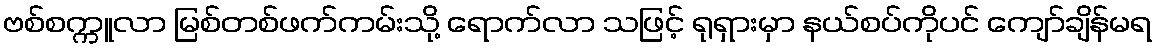
ဗစ်စက္ကူလာ မြစ်တစ်ဖက်ကမ်းသို့ ရောက်လာ သဖြင့် ရုရှားမှာ နယ်စပ်ကိုပင် ကျော်ချိန်မရ